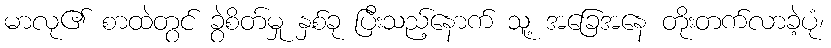
မာလု၏ စာထဲတွင် ခွဲစိတ်မှု နှစ်ခု ပြီးသည့်နောက် သူ့ အခြေအနေ တိုးတက်လာခဲ့ပုံ၊